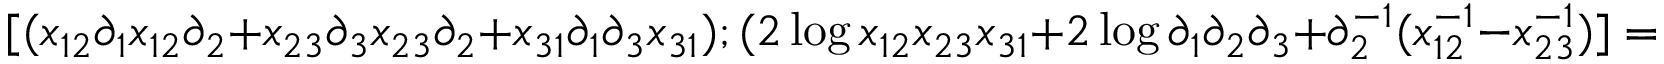
[ ( x _ { 1 2 } \partial _ { 1 } x _ { 1 2 } \partial _ { 2 } + x _ { 2 3 } \partial _ { 3 } x _ { 2 3 } \partial _ { 2 } + x _ { 3 1 } \partial _ { 1 } \partial _ { 3 } x _ { 3 1 } ) ; ( 2 \log x _ { 1 2 } x _ { 2 3 } x _ { 3 1 } + 2 \log \partial _ { 1 } \partial _ { 2 } \partial _ { 3 } + \partial _ { 2 } ^ { - 1 } ( x _ { 1 2 } ^ { - 1 } - x _ { 2 3 } ^ { - 1 } ) ] = 0 ,